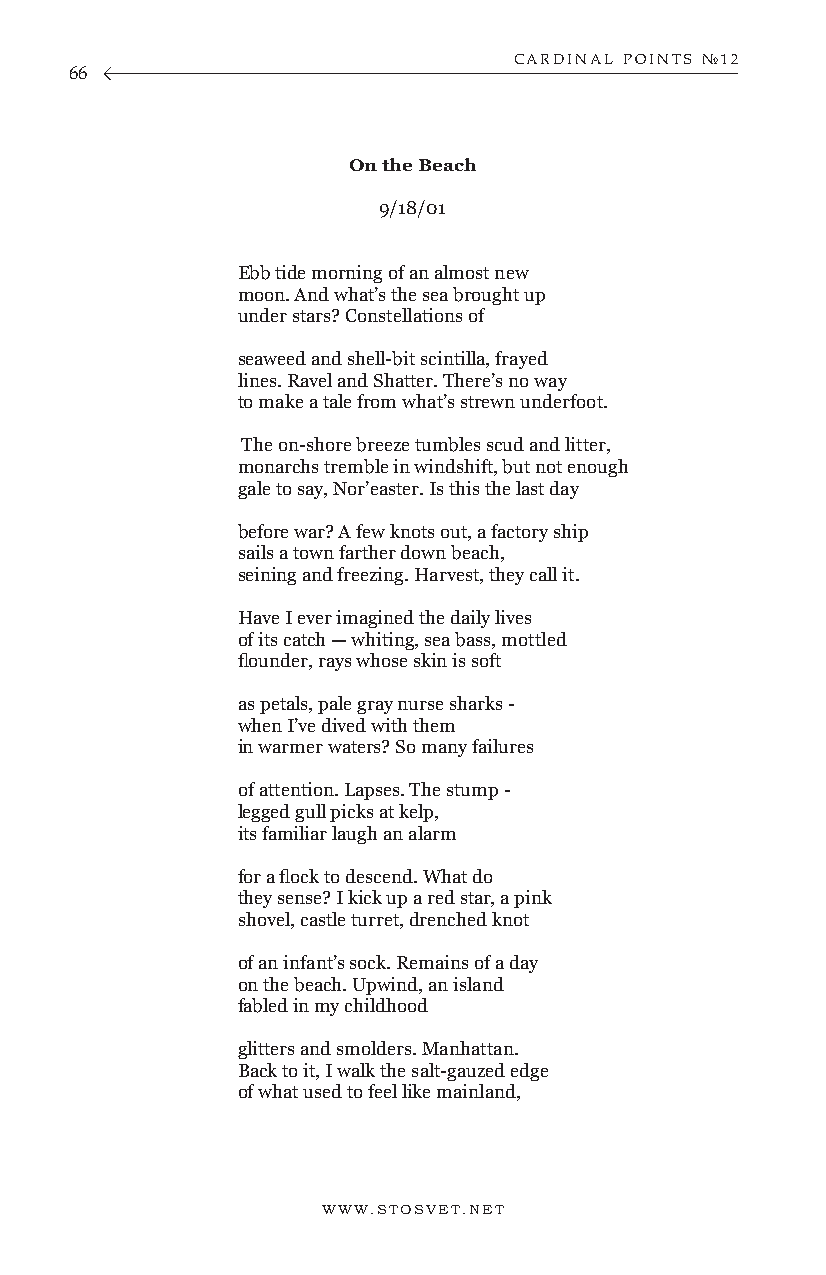
CARDINAL POINTS №12
 66
 On the Beach
 9/18/01
 Ebb tide morning of an almost new
 moon. And what’s the sea brought up
 under stars? Constellations of
 seaweed and shell-bit scintilla, frayed
 lines. Ravel and Shatter. There’s no way
 to make a tale from what’s strewn underfoot.
 The on-shore breeze tumbles scud and litter,
 monarchs tremble in windshift, but not enough
 gale to say, Nor’easter. Is this the last day
 before war? A few knots out, a factory ship
 sails a town farther down beach,
 seining and freezing. Harvest, they call it.
 Have I ever imagined the daily lives
 of its catch — whiting, sea bass, mottled
 flounder, rays whose skin is soft
 as petals, pale gray nurse sharks -
 when I’ve dived with them
 in warmer waters? So many failures
 of attention. Lapses. The stump -
 legged gull picks at kelp,
 its familiar laugh an alarm
 for a flock to descend. What do
 they sense? I kick up a red star, a pink
 shovel, castle turret, drenched knot
 of an infant’s sock. Remains of a day
 on the beach. Upwind, an island
 fabled in my childhood
 glitters and smolders. Manhattan.
 Back to it, I walk the salt-gauzed edge
 of what used to feel like mainland,
 WWW.STOSVET.NET                                        WWW.STOSVET.NET